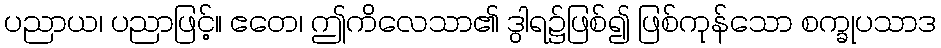
ပညာယ၊ ပညာဖြင့်။ ဧတေ၊ ဤကိလေသာ၏ ဒွါရ၌ဖြစ်၍ ဖြစ်ကုန်သော စက္ခုပသာဒ